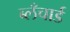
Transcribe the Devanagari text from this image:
ब्लँचार्ड